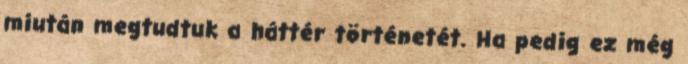
miután megtudtuk a háttér történetét. Ha pedig ez még